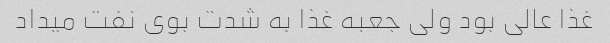
غذا عالی بود ولی جعبه غذا به شدت بوی نفت میداد